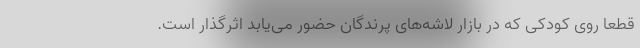
قطعا روی کودکی که در بازار لاشه‌های پرندگان حضور می‌یابد اثرگذار است.